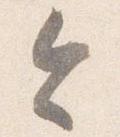
令